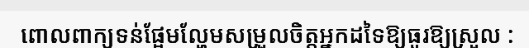
ពោលពាក្យទន់ផ្អែមល្ហែមសម្រួលចិត្តអ្នកដទៃឱ្យធូរឱ្យស្រួល :